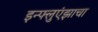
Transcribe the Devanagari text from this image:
इन्फ्लुएंझाचा